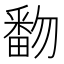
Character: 𰣓